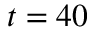
t = 4 0